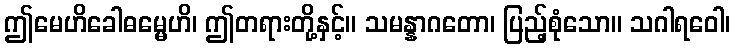
ဤမေဟိခေါဓမ္မေဟိ၊ ဤတရားတို့နှင့်။ သမန္နာဂတော၊ ပြည့်စုံသော။ သဂါရဝေါ၊